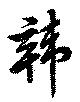
韓